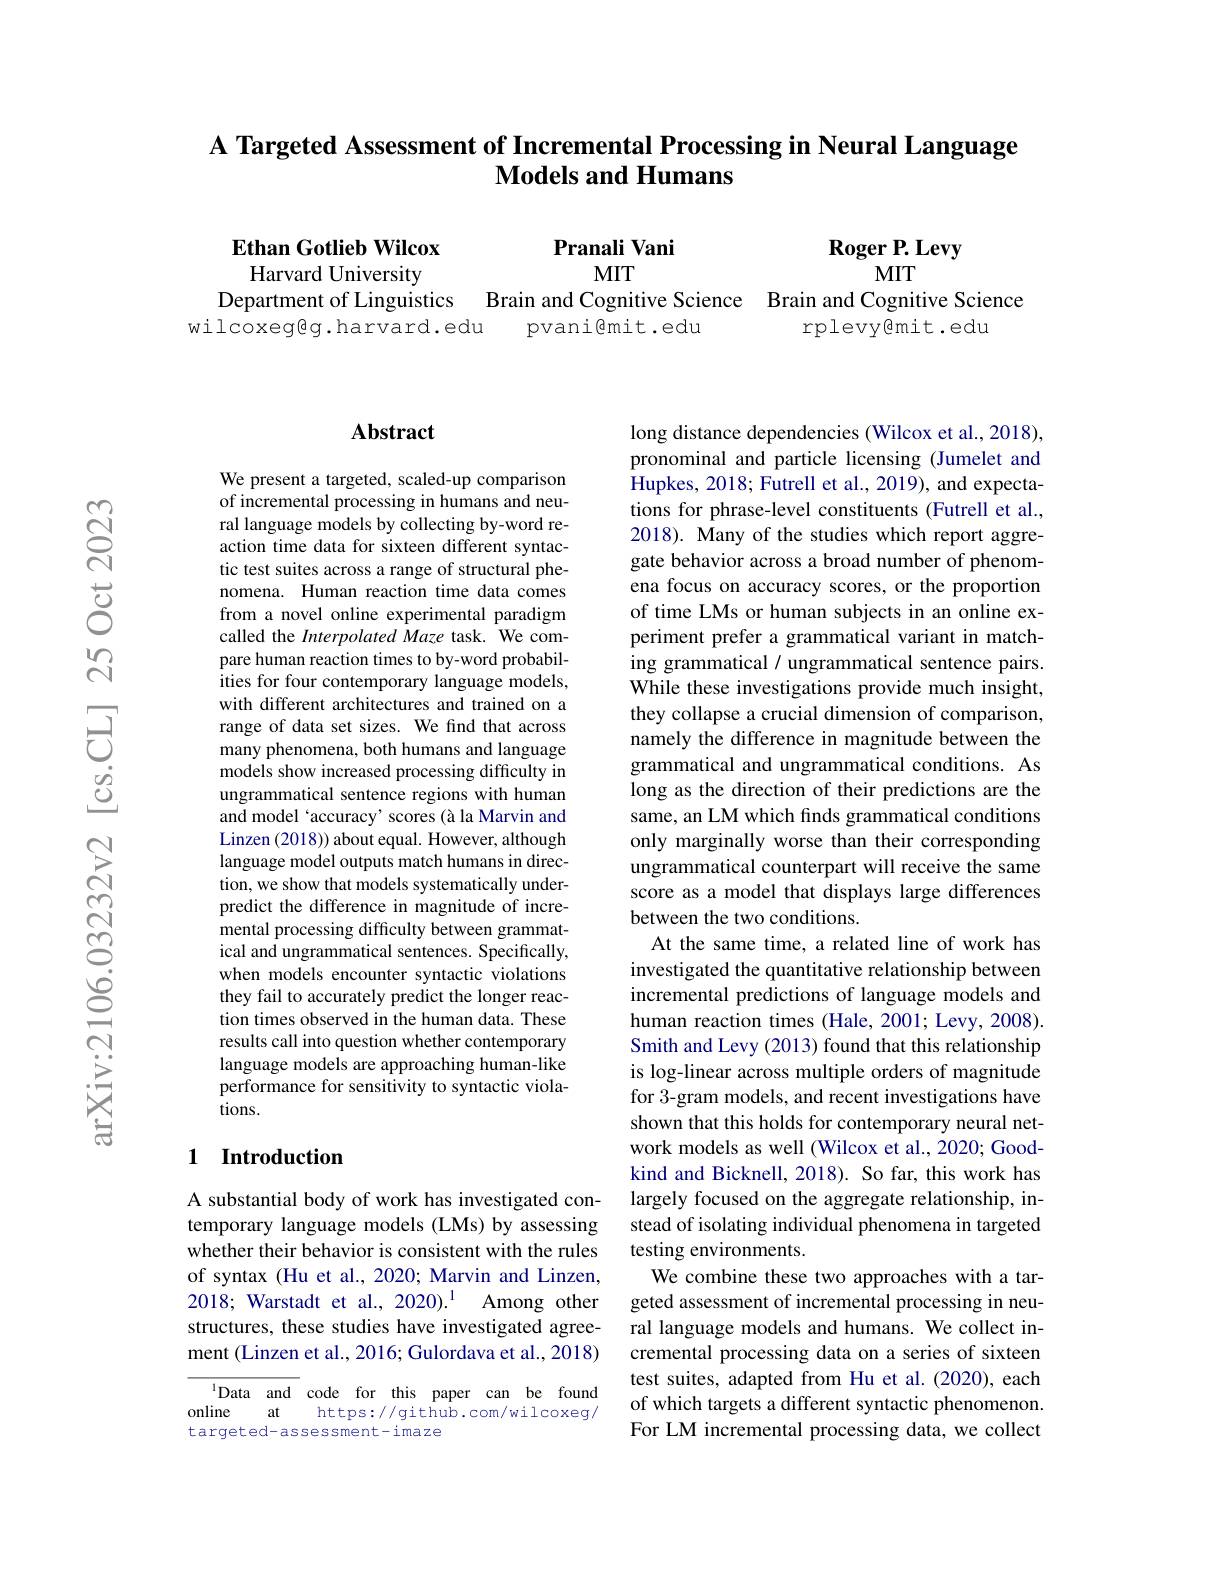
# A Targeted Assessment of Incremental Processing in Neural Language $\textbf{Models and Humans}$

Pranali Vani
MIT

Roger P. Levy
MIT

Ethan Gotlieb Wilcox Harvard University
Department of Linguistics

Brain and Cognitive Science Brain and Cognitive Science
wilcoxegg. harvard. edu
pvani@mit.edu
rplevy@mit.edu

## Abstract

We present a targeted, scaled-up comparison of incremental processing in humans and neural language models by collecting by-word reaction time data for sixteen different syntactic test suites across a range of structural phenomena. Human reaction time data comes from a novel online experimental paradigm called the Interpolated Maze task. We compare human reaction times to by-word probabilities for four contemporary language models, with different architectures and trained on a range of data set sizes. We find that across many phenomena, both humans and language models show increased processing difficulty in ungrammatical sentence regions with human and model 'accuracy' scores (à la Marvin and Linzen (2018)) about equal. However, although language model outputs match humans in direction, we show that models systematically underpredict the difference in magnitude of incremental processing difficulty between grammatical and ungrammatical sentences. Specifically, when models encounter syntactic violations they fail to accurately predict the longer reaction times observed in the human data. These results call into question whether contemporary language models are approaching human-like performance for sensitivity to syntactic violations.

### 1 Introduction

A substantial body of work has investigated contemporary language models (LMs) by assessing whether their behavior is consistent with the rules of syntax (Hu et al., 2020; Marvin and Linzen, 2018; Warstadt et al., 2020).$^{1}$ Among other structures, these studies have investigated agreement (Linzen et al., 2016; Gulordava et al., 2018)

$^{1}$Data and code for this paper can be found
online
at
https://github.com/wilcoxeg/
targeted-assessment-imaze

long distance dependencies (Wilcox et al., 2018), pronominal and particle licensing (Jumelet and Hupkes, 2018; Futrell et al., 2019), and expectations for phrase-level constituents (Futrell et al. 2018). Many of the studies which report aggregate behavior across a broad number of phenomena focus on accuracy scores, or the proportion of time LMs or human subjects in an online experiment prefer a grammatical variant in matching grammatical / ungrammatical sentence pairs. While these investigations provide much insight, they collapse a crucial dimension of comparison, namely the difference in magnitude between the grammatical and ungrammatical conditions. As long as the direction of their predictions are the same, an LM which finds grammatical conditions only marginally worse than their corresponding ungrammatical counterpart will receive the same score as a model that displays large differences between the two conditions.
At the same time, a related line of work has investigated the quantitative relationship between incremental predictions of language models and human reaction times (Hale, 2001; Levy, 2008). Smith and Levy (2013) found that this relationship is log-linear across multiple orders of magnitude for 3-gram models, and recent investigations have shown that this holds for contemporary neural network models as well (Wilcox et al., 2020; Goodkind and Bicknell, 2018). So far, this work has largely focused on the aggregate relationship, instead of isolating individual phenomena in targeted testing environments.
We combine these two approaches with a targeted assessment of incremental processing in neural language models and humans. We collect incremental processing data on a series of sixteen test suites, adapted from Hu et al. (2020), each of which targets a different syntactic phenomenon. For LM incremental processing data, we collect